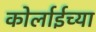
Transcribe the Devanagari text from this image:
कोर्लाईच्या